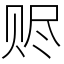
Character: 赆